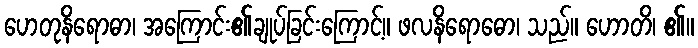
ဟေတုနိရောဓာ၊ အကြောင်း၏ချုပ်ခြင်းကြောင့်။ ဖလနိရောဓော၊ သည်။ ဟောတိ၊ ၏။